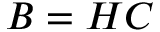
B = H C